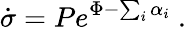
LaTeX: \dot{\sigma}=Pe^{\Phi-\sum_{i}\alpha_{i}}\ .